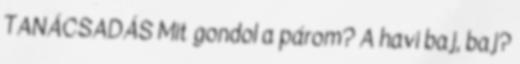
TANÁCSADÁS Mit gondol a párom? A havi baj, baj?